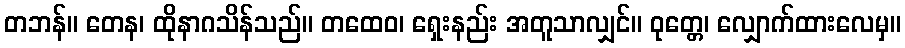
တဘန်။ တေန၊ ထိုနာဂသိန်သည်။ တထေဝ၊ ရှေးနည်း အတူသာလျှင်။ ဝုတ္တေ၊ လျှောက်ထားလေမှ။